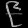
Digit: ၉